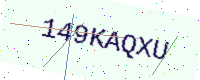
Text: 149KAQXU